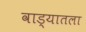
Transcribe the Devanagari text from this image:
वाड्यातला